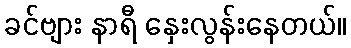
ခင်ဗျား နာရီ နှေးလွန်းနေတယ်။